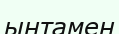
ынтамен